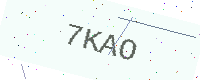
Text: 7KAO